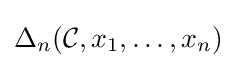
\Delta _{n}({\mathcal {C}},x_{1},\ldots ,x_{n})